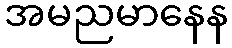
အမညမာနေန